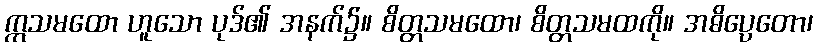
ဣသမထော ဟူသော ပုဒ်၏ အနက်၌။ စိတ္တသမထော၊ စိတ္တသမထကို။ အဓိပ္ပေတော၊